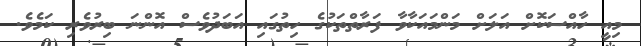
މިއީ ހާއްސަކޮށް އަލަށް މަންމައަކާވާ ފަރާތްތަކުގެ ހިތުގައި އަބަދުވެސް އޮންނަ ބިރުވެރި ކަމެވެ.